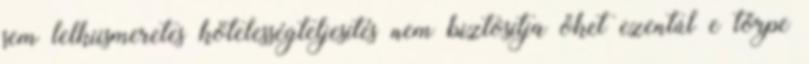
sem lelkiismeretes kötelességteljesítés nem biztosítja őket ezentúl e törpe